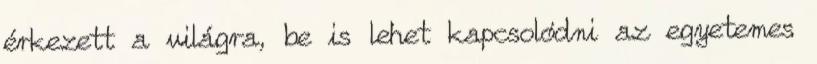
érkezett a világra, be is lehet kapcsolódni az egyetemes